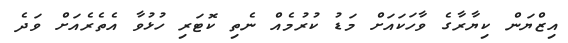
އިޒްޔަން ކިޔާރާގެ ވާހަކައަށް މަޑު ކުރުމެއް ނެތި ކޮޓަރި ހުޅުވާ އެތެރެއަށް ވަދެ